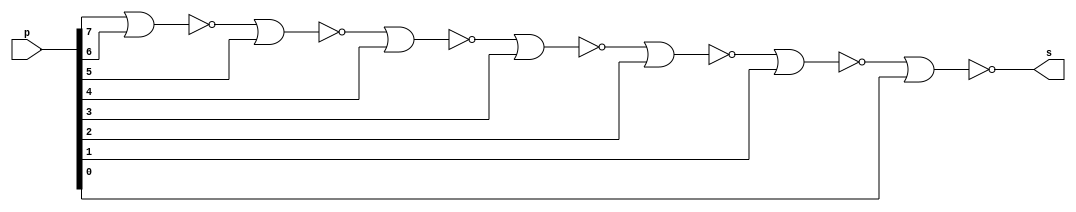
// -------------------------
// Exercicio11 - NOR
// Nome: damo Ludwig
// -------------------------
// -------------------------
// -- NNOR gate
// -------------------------
module NORgate ( output s,
                         input [0:7] p);
wire temp0 , temp1, temp2, temp3, temp4, temp5, temp6, temp7,st; 
nor NOR0 (temp0, p[0], p[1]);
nor NOR1 (temp1, temp0, p[2]);
nor NOR2 (temp2, temp1, p[3]);
nor NOR3 (temp3, temp2, p[4]);
nor NOR4 (temp4, temp3, p[5]);
nor NOR5 (temp5, temp4, p[6]);
nor NOR6 (temp6, temp5, p[7]);
//nor NOR7 (temp6, )
//assign st = (~(temp0|temp1|temp2|temp3|temp4|temp5|temp6));
assign s = temp6;
endmodule // NORgate
// ---------------------
// -- test NOR gate
// ---------------------
module testNORgate;
// ------------------------- dados locais
   reg  [0:7]a; // definir registradores
   wire  s;    // definir conexao (fio)
// ------------------------- instancia
   NORgate NOR1 (s, a[0:7]);
// ------------------------- preparacao
   initial begin:start
                   // atribuicao simultanea
// dos valores iniciais
      a=0 ;
   end
// ------------------------- parte principal
   initial begin
         $display("Exercicio11 - Adamo Ludwig - 473319");
         $display("Test NOR gate");
         $display("\na | b = s\n");
		 $monitor("%b = %b", a, s);
  #1       a=8'b00000000; 
  #1       a=8'b11111111; 
 // #1   $display("%b & %b = %b", a, s);
          // a=1; 
 // #1   $display("%b & %b = %b", a, s);
        //   a=1;
 // #1   $display("%b & %b = %b", a, s);
end
endmodule // testNORgate